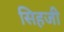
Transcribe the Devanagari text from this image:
सिहजी